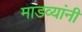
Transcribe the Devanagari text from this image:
माडव्यांनी